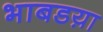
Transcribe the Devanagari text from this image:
भाबडय़ा